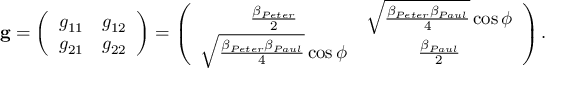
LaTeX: { \bf g } = \left( \begin{array} { c c } { { g _ { 1 1 } } } & { { g _ { 1 2 } } } \\ { { g _ { 2 1 } } } & { { g _ { 2 2 } } } \end{array} \right) = \left( \begin{array} { c c } { { \frac { \beta _ { P e t e r } } { 2 } } } & { { \sqrt { \frac { \beta _ { P e t e r } \beta _ { P a u l } } { 4 } } \cos \phi } } \\ { { \sqrt { \frac { \beta _ { P e t e r } \beta _ { P a u l } } { 4 } } \cos \phi } } & { { \frac { \beta _ { P a u l } } { 2 } } } \end{array} \right) .